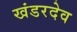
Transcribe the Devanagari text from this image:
खंडरदेव